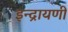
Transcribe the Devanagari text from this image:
इन्द्रायणी